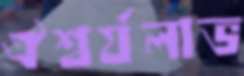
ঐশ্বর্যলাভ